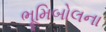
ભૂમિબોલના